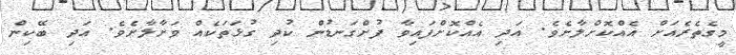
މީގެތެރެއަށް އެއްކޮށްލާށެވެ. އަދި އެއްކޮށްފައިވާ ފުށްގަނޑުން ކުދި ގުޅަތަކެއް ވަށާލާށެވެ. އަދި ބޭކިން